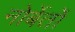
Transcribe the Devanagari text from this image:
नोर्बेर्तो